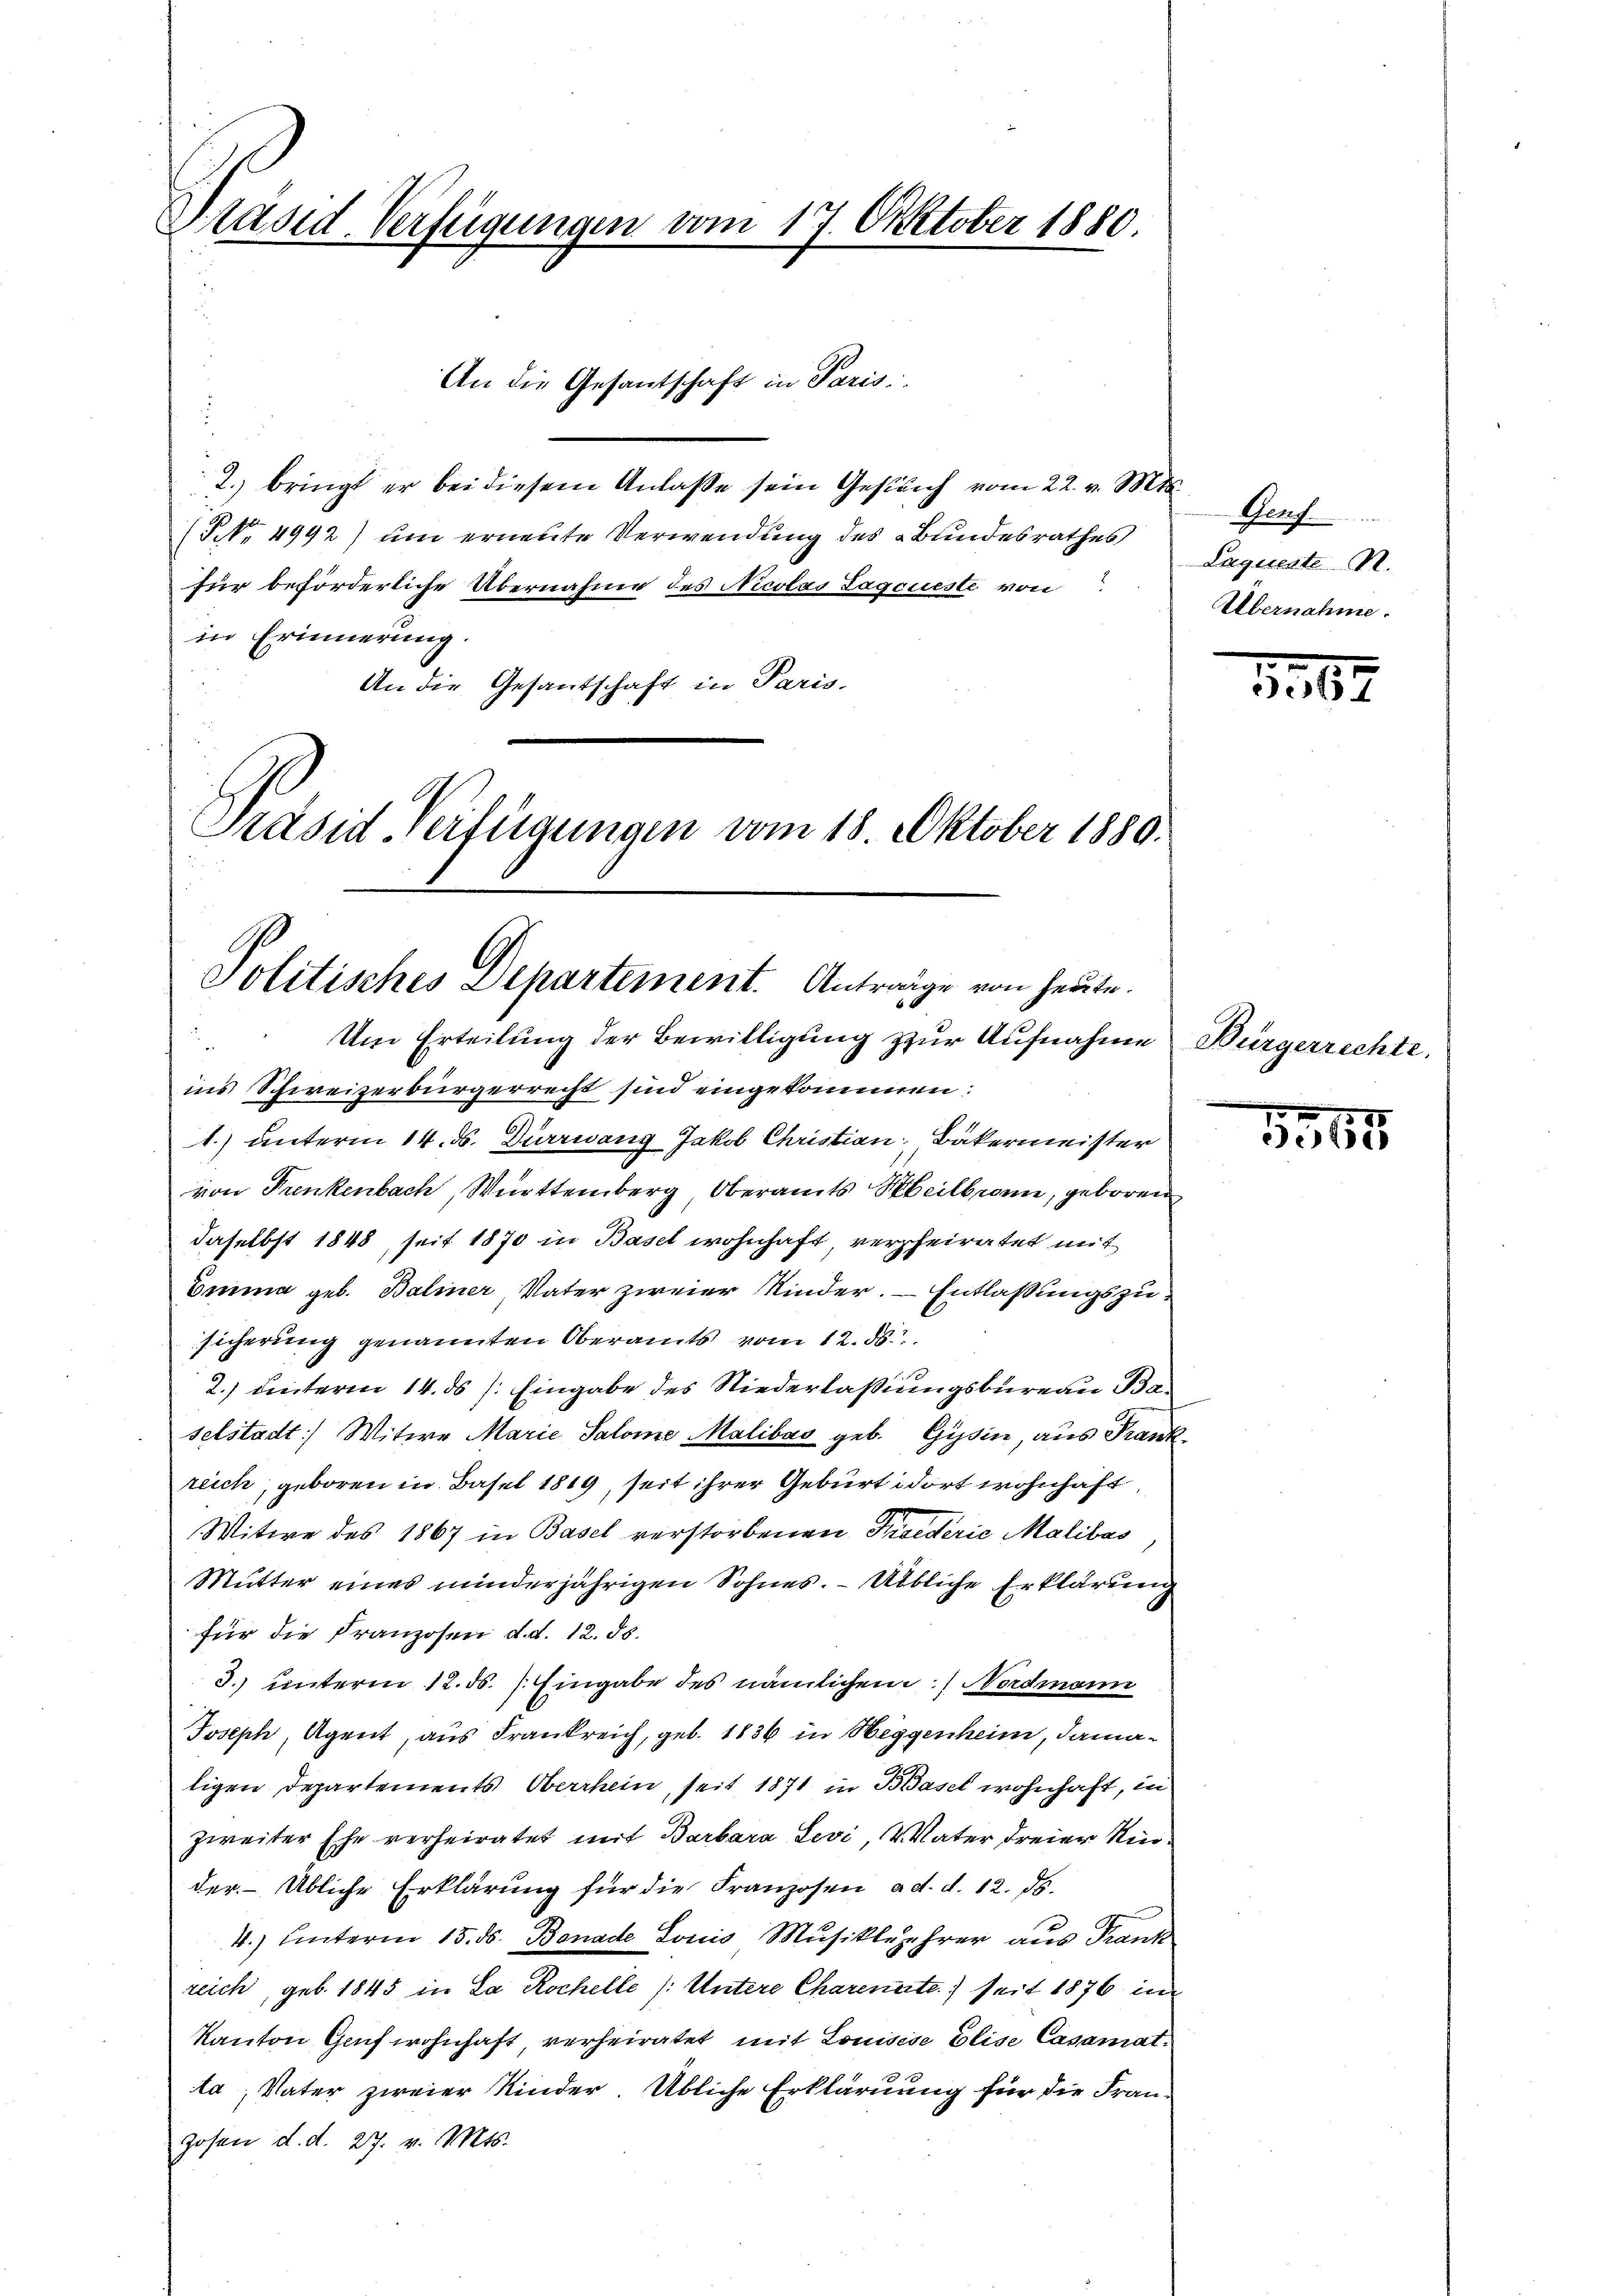
Präsid. Verfügungen vom 17. Oktober 1880.

2. bringt er bei diesem Anlasse sein Gesuch vom 22. v. Mts.
(NNo. 4992) um erneute Verwendung des Bundesrathes
für beförderliche Übernahme des Nicolas Tageueste von
in Erinnerung.
An die Gesantschaft in Paris.
Präsid. Verfügungen vom 18. Oktober 1880.

Politisches Departement. Anträge von heute.

An die Gesantschaft in Paris

Um Erteilung der Bewilligung zur Aufnahme Bürgerrechte,
ins Schweizerbürgerrecht sind eingekommen:
1.) unterm 14. ds. Dürrwang Jakob Christian Bäkermeister
von Frenkenbach, Württemberg, Oberamts Heilbrann, geboren
daselbst 1848, seit 1870 in Basel wohnhaft, verheiratet mit
Emma geb. Baliner Vater zweier Kinder. Entlaßungszusicherung genannten Oberamts vom 12. ds.
10
2.) hinterm 14. ds /: Eingabe des Niederlaßungsbureau Baselstadt Witwe Marie Salome Malibus geb. Gyssin, aus Frankreich, geboren in Basel 1819, seit ihrer Geburt dort wohnhaft,
Witwe des 1867 in Basel verstorbenen Friederie Malibas
Mutter eines minderjährigen Sohnes. – Übbliche Erklärung
für die Franzosen d. d. 12. ds.
3. unterm 12. ds. Eingabe des nämlichen Nordmann
Joseph, Agent, aus Frankreich, geb. 1836 in Heggenheim, dama-
ligen Departements Oberrhein, seit 1871 in Basel wohnhaft, in
zweiter Ehe verheiratet mit Barbara Levi, Vater dreier Kinder. Übliche Erklärung für die Franzosen ad. d. 12. ds.
4.) hinterm 15. ds. Bonade Louis Musiklehrer aus Frank
reich, geb. 1845 in La Rochelle (: Untere Charenate) seit 1876 im
Kanton Genf wohnhaft, verheiratet mit Louisese Elise Casamat
ta; Vater zweier Kinder Übliche Erkläruung für die Fran¬
Zosen d. d. 27. v. Mts.

Genf
Laqueste R.
Übernahme.

1567

55,89